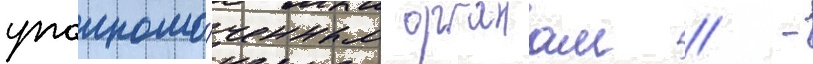
уполномо́ченным органам // -